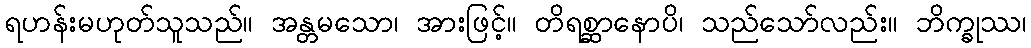
ရဟန်းမဟုတ်သူသည်။ အန္တမသော၊ အားဖြင့်။ တိရစ္ဆာနောပိ၊ သည်သော်လည်း။ ဘိက္ခုဿ၊